Necessitous school children, 1924
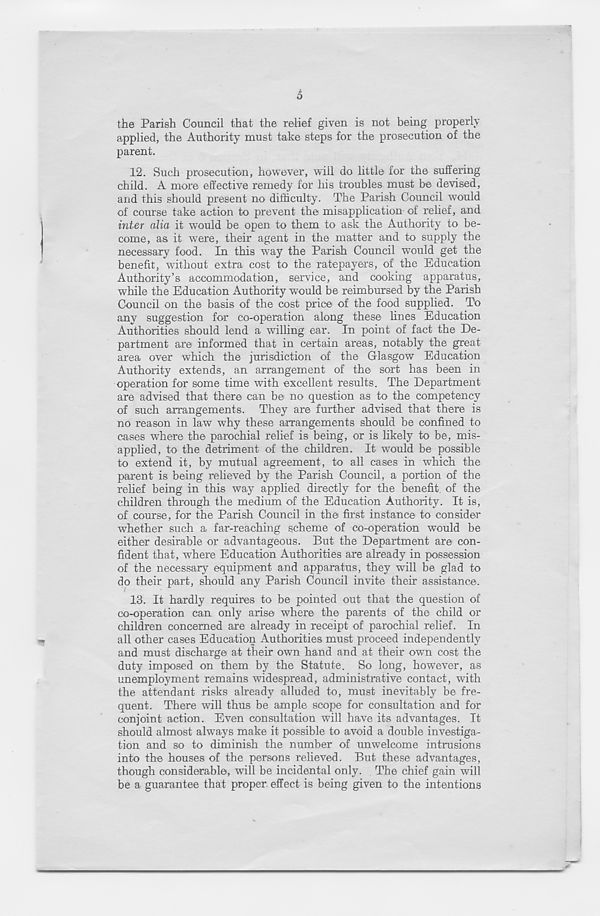
o
the Parish Council that the relief given is not being properly
applied, the Authority must take steps for the prosecution of the
parent.
12. Such prosecution, however, will do little for the suffering
child. A more effective remedy for his troubles must be devised,
and this should present no difficulty. The Parish Council would
of course take action to prevent the misapplication of relief, and
inter alia it would be open to them to ask the Authority to be-
come, as it were, their agent in the matter and to supply the
necessary food. In this way the Parish Council would get the
benefit, without extra cost to the ratepayers, of the Education
Authority’s accommodation, service, and cooking apparatus,
while the Education Authority would be reimbursed by the Parish
Council on the basis of the cost price of the food supplied. TP
any suggestion for co-operation along these lines Education
Authorities should lend a willing ear. In point of fact the De-
partment are informed that in certain areas, notably the great
area over which the jurisdiction of the Glasgow Education
Authority extends, an arrangement of the sort has been in
operation for some time with excellent results. The Department
are advised that there can be no question as to the competency
of such arrangements. They are further advised that there is
no reason in law why these arrangements should be confined to
cases where the parochial relief is being, or is likely to be, mis-
applied, to the detriment of the children. It would be possible
to extend it, by mutual agreement, to all cases in which the
parent is being relieved by the Parish Council, a portion of the
relief being in this way applied directly for the benefit of the
children through the medium of the Education Authority. It is,
of course, for the Parish Council in the first instance to consider
whether such a far-reaching scheme of co-operation would be
either desirable or advantageous. But the Department are con-
fident that, where Education Authorities are already in possession
of the necessary equipment and apparatus, they will be glad to
do their part, should any Parish Council invite their assistance.
(
13. It hardly requires to be pointed out that the question of
co-operation can only arise where the parents of the child or
children concerned are already in receipt of parochial relief. In
all other cases Education Authorities must proceed independently
and must discharge at their own hand and at their own cost the
duty imposed on them by the Statute. So long, however, as
unemployment remains widespread, administrative contact, with
the attendant risks already alluded to, must inevitably be fre-
quent. There will thus be ample scope for consultation and for
conjoint action. Even consultation will have its advantages. It
should almost always make it possible to avoid a double investiga-
tion and so to diminish the number of unwelcome intrusions
into the houses of the persons relieved. But these advantages,
though considerable, will be incidental only. The chief gain will
be a guarantee that proper effect is being given to the intentions